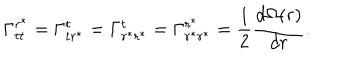
\Gamma _ { t t } ^ { r ^ { \ast } } = \Gamma _ { t r ^ { \ast } } ^ { t } = \Gamma _ { r ^ { \ast } r ^ { \ast } } ^ { t } = \Gamma _ { r ^ { \ast } r ^ { \ast } } ^ { r ^ { \ast } } = \frac { 1 } { 2 } \frac { d \Omega ( r ) } { d r } .